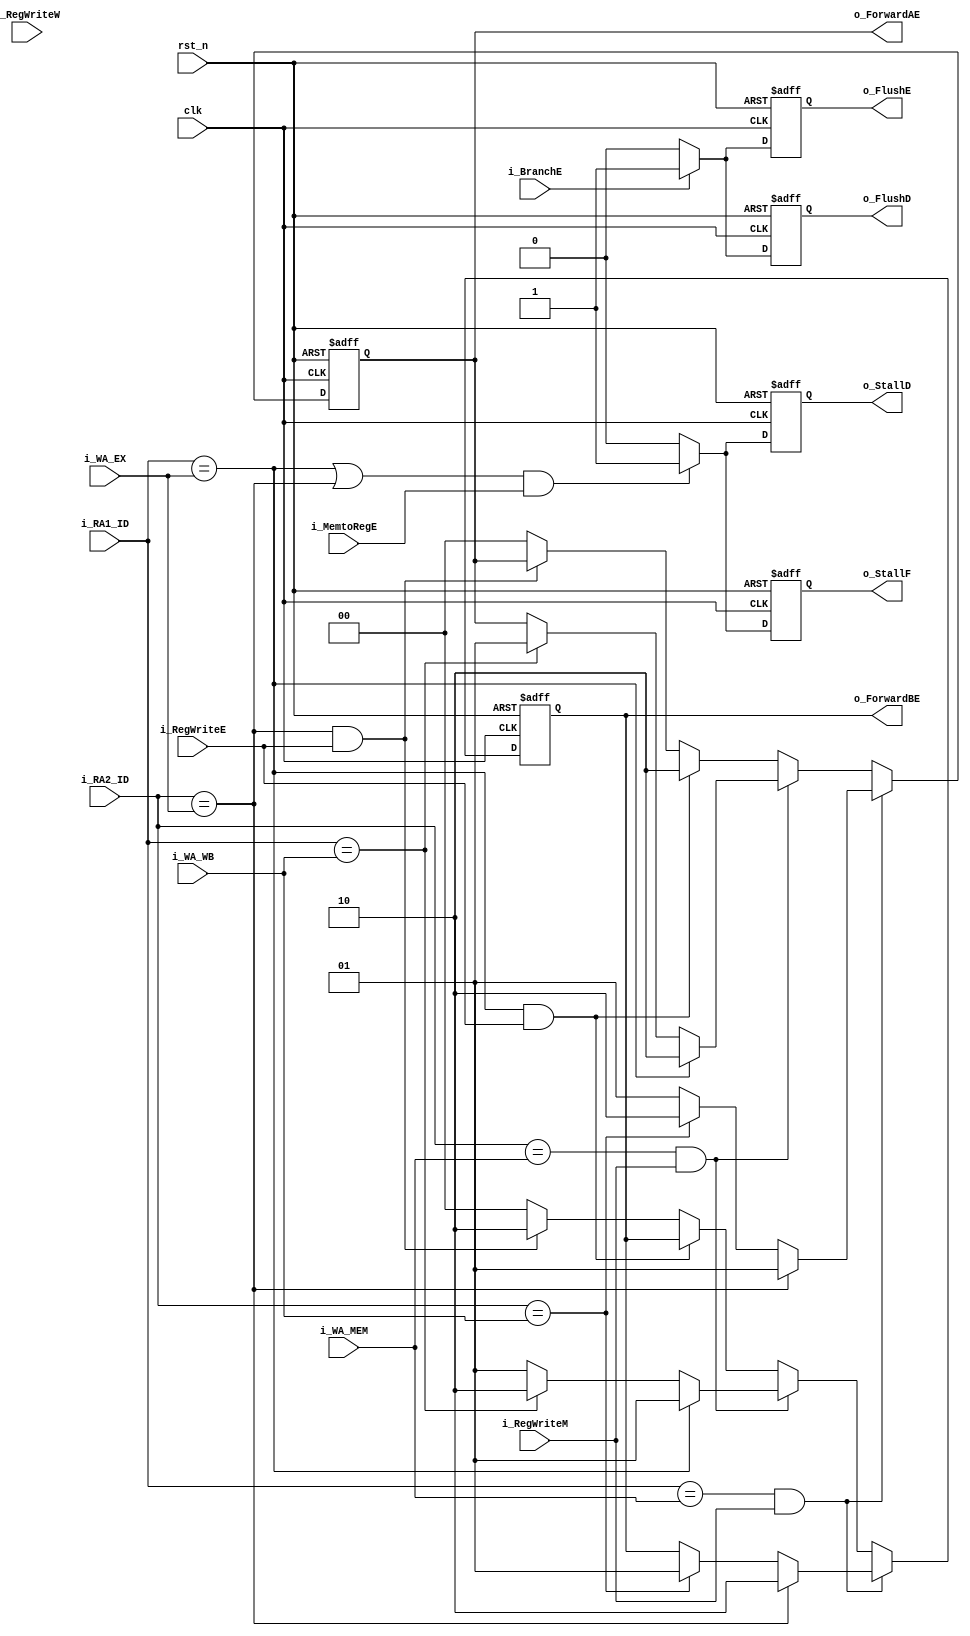
module hazard_unit(clk,rst_n,i_RA1_ID,i_RA2_ID, i_WA_MEM,i_WA_WB, //forwarding
			i_RegWriteM,i_RegWriteW,i_RegWriteE, //forwarding
			i_MemtoRegE,i_WA_EX,i_BranchE, //hazard
			o_ForwardAE,o_ForwardBE, //forwarding
			o_StallF,o_StallD,o_FlushD,o_FlushE); //hazard

input clk,rst_n;
input [3:0] i_RA1_ID, i_RA2_ID, i_WA_MEM, i_WA_WB, i_WA_EX;
input i_RegWriteM, i_RegWriteW, i_MemtoRegE,i_BranchE;
input i_RegWriteE;

output reg [1:0] o_ForwardAE, o_ForwardBE;
output reg o_StallF, o_StallD, o_FlushD, o_FlushE;

always@(negedge clk,negedge rst_n) begin // negedge clk
	if(!rst_n) begin
		o_StallF <= 1'b0;
		o_StallD <= 1'b0;
		o_FlushD <= 1'b0;
		o_FlushE <= 1'b0;
	end
	
	
	else begin
		if(((i_RA1_ID == i_WA_EX) || (i_RA2_ID == i_WA_EX)) &&(i_MemtoRegE == 1'b1)) begin //LDR..?
			o_StallF <= 1'b1;
			o_StallD <= 1'b1;
		end
		else begin
			o_StallF <= 1'b0;
			o_StallD <= 1'b0;
		end

		if(i_BranchE == 1'b1) begin
			o_FlushD <= 1'b1;
			o_FlushE <= 1'b1;
		end
		else begin
			o_FlushD <= 1'b0;
			o_FlushE <= 1'b0;
		end
	end
end



always@(posedge clk, negedge rst_n) begin
	if(!rst_n) begin
		o_ForwardAE <= 2'b00;
		o_ForwardBE <= 2'b00;
	end
	
	else begin
		if((i_RA1_ID == i_WA_MEM) && (i_RegWriteM == 1'b1)) begin
			o_ForwardAE <= 2'b01;
			if(i_RA2_ID == i_WA_EX) begin // WB
				o_ForwardAE <= 2'b01;
				o_ForwardBE <= 2'b10;
			end
			else if(i_RA2_ID == i_WA_WB) begin
				o_ForwardAE <= 2'b10;
				o_ForwardBE <= 2'b01;
			end
		end

		else if((i_RA2_ID == i_WA_MEM) && (i_RegWriteM == 1'b1)) begin
			o_ForwardBE <= 2'b01;
			if(i_RA1_ID == i_WA_EX) begin
				o_ForwardAE <= 2'b10;
				o_ForwardBE <= 2'b01;
			end
			else if(i_RA1_ID == i_WA_WB) begin
				o_ForwardAE <= 2'b01;
				o_ForwardBE <= 2'b10; 
			end
		end
		
		else if((i_RA1_ID == i_WA_EX) && (i_RegWriteE == 1'b1)) o_ForwardAE <= 2'b10;
		else if((i_RA2_ID == i_WA_EX) && (i_RegWriteE == 1'b1)) o_ForwardBE <= 2'b10;
		

		else begin
			o_ForwardAE <= 2'b00;
			o_ForwardBE <= 2'b00;
		end
	
	end
end


endmodule